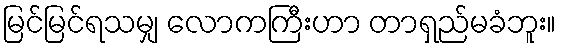
မြင်မြင်ရသမျှ လောကကြီးဟာ တာရှည်မခံဘူး။